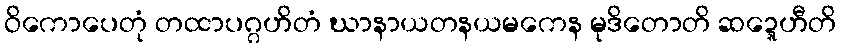
ဝိကောပေတုံ တထာပဂ္ဂဟိတံ ဃာနာယတနယမကေန မုဒိတောတိ ဆဍ္ဍေဟီတိ